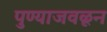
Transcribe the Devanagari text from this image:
पुण्याजवळून